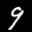
Label: 9